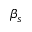
\beta _ { s }